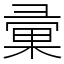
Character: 彚